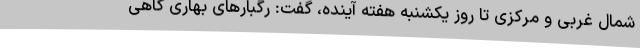
شمال غربی و مرکزی تا روز یکشنبه هفته آینده، گفت: رگبارهای بهاری گاهی